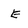
Character: E